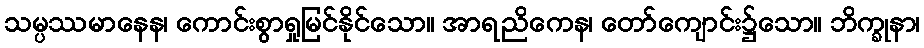
သမ္ပဿမာနေန၊ ကောင်းစွာရှုမြင်နိုင်သော။ အာရညိကေန၊ တော်ကျောင်း၌သော။ ဘိက္ခုနာ၊